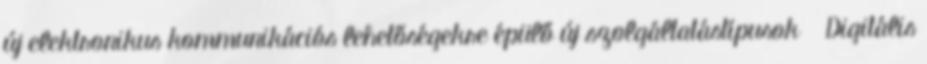
új elektronikus kommunikációs lehetőségekre épülő új szolgáltatástípusok  Digitális